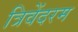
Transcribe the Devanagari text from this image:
त्रिवेंदरम